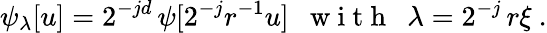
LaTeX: \psi_{\lambda}[u]=2^{-jd}\, \psi[2^{-j}r^{-1}u]~~\mathrm{~w~i~t~h~}~~\lambda=2^{-j}\, r\xi~.